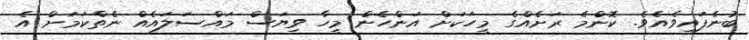
ބުނެފައިވެއެވެ. ކޮންމެ ރަށެއްގެ މީހަކަށް އަންހެން މީހާ ވިޔަސް މައްސަލައެއް ނެތްކަމަށް އެ